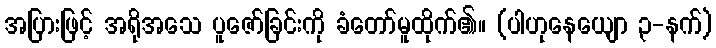
အပြားဖြင့် အရိုအသေ ပူဇော်ခြင်းကို ခံတော်မူထိုက်၏။ (ပါဟုနေယျော ၃-နက်)